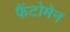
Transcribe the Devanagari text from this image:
फैंटोमेन